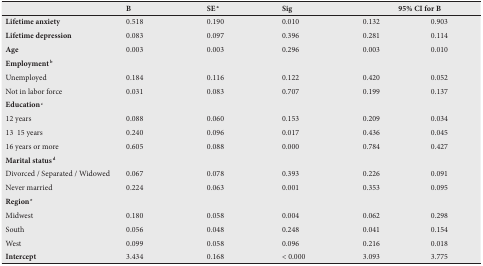
<table><thead><tr><td></td><td><b>B</b></td><td><b>SE <sup>a</sup></b></td><td><b>Sig</b></td><td colspan="2"><b>95% CI for B</b></td></tr></thead><tbody><tr><td><b>Lifetime anxiety</b></td><td>0.518</td><td>0.190</td><td>0.010</td><td>0.132</td><td>0.903</td></tr><tr><td><b>Lifetime depression</b></td><td>­0.083</td><td>0.097</td><td>0.396</td><td>­0.281</td><td>0.114</td></tr><tr><td><b>Age</b></td><td>0.003</td><td>0.003</td><td>0.296</td><td>­0.003</td><td>0.010</td></tr><tr><td><b>Employment</b><sup><b>b</b></sup></td><td></td><td></td><td></td><td></td><td></td></tr><tr><td>Unemployed</td><td>­0.184</td><td>0.116</td><td>0.122</td><td>­0.420</td><td>0.052</td></tr><tr><td>Not in labor force</td><td>­0.031</td><td>0.083</td><td>0.707</td><td>­0.199</td><td>0.137</td></tr><tr><td><b>Education</b><sup><b>c</b></sup></td><td></td><td></td><td></td><td></td><td></td></tr><tr><td>12 years</td><td>­0.088</td><td>0.060</td><td>0.153</td><td>­0.209</td><td>0.034</td></tr><tr><td>13 ­ 15 years</td><td>­0.240</td><td>0.096</td><td>0.017</td><td>­0.436</td><td>­0.045</td></tr><tr><td>16 years or more</td><td>­0.605</td><td>0.088</td><td>0.000</td><td>­0.784</td><td>­0.427</td></tr><tr><td><b>Marital status</b><sup><b>d</b></sup></td><td></td><td></td><td></td><td></td><td></td></tr><tr><td>Divorced / Separated / Widowed</td><td>­0.067</td><td>0.078</td><td>0.393</td><td>­0.226</td><td>0.091</td></tr><tr><td>Never married</td><td>­0.224</td><td>0.063</td><td>0.001</td><td>­0.353</td><td>­0.095</td></tr><tr><td><b>Region</b><sup><b>e</b></sup></td><td></td><td></td><td></td><td></td><td></td></tr><tr><td>Midwest</td><td>0.180</td><td>0.058</td><td>0.004</td><td>0.062</td><td>0.298</td></tr><tr><td>South</td><td>0.056</td><td>0.048</td><td>0.248</td><td>­0.041</td><td>0.154</td></tr><tr><td>West</td><td>­0.099</td><td>0.058</td><td>0.096</td><td>­0.216</td><td>0.018</td></tr><tr><td><b>Intercept</b></td><td>3.434</td><td>0.168</td><td>&lt; 0.000</td><td>3.093</td><td>3.775</td></tr></tbody></table>